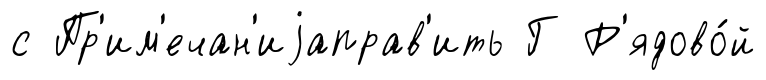
с Пр'им'ечан'иjаправ'ить Г Р'ядово́й